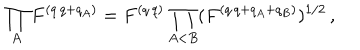
LaTeX: \prod _ { A } F ^ { ( q \, q + q _ { A } ) } = F ^ { ( q \, q ) } \prod _ { A < B } ( F ^ { ( q \, q + q _ { A } + q _ { B } ) } ) ^ { 1 / 2 } \, ,